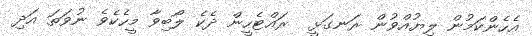
އެހެންކަމުން ލިޔުއްވުން ރަނގަޅީ  ރައްޓެހީން ދެކެ ލޯބިވާ މީހެކެވެ ނުވަތަ އަދި